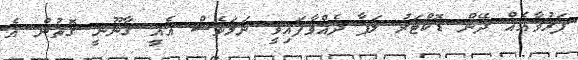
ފަރުވާއެއް ދޭން ޑޮކްޓަރު ލަފާ ދެއްވާފައިވީ ނަމަވެސް އެއީ ގާނޫނީ ގޮތުން އެ